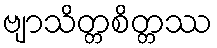
ဗျာသိတ္တစိတ္တဿ